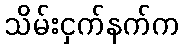
သိမ်းငှက်နက်က